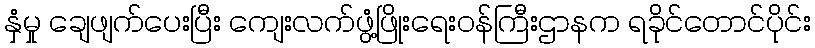
နှံမှု ချေဖျက်ပေးပြီး ကျေးလက်ဖွံ့ဖြိုးရေးဝန်ကြီးဌာနက ရခိုင်တောင်ပိုင်း